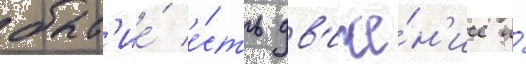
быт'ие́ е́сть дв'иже́н'ие и́